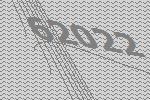
62022